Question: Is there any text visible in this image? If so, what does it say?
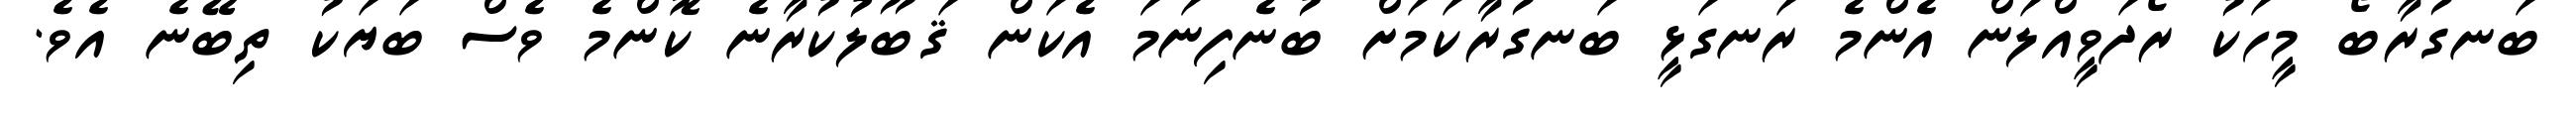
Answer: ބަނގުރާބޯ މީހަކު ރޯދަވީއްލަން އެންމެ ރަނގަޅީ ބަނގުރާކަމަށް ބުނެފިނަމަ އެކަން ޤަބޫލުކުރާނެ ކޮންމެ ވެސް ބަޔަކު ތިބޭނެ އެވެ.